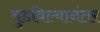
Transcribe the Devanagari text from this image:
बुडविल्यानंतर